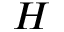
H